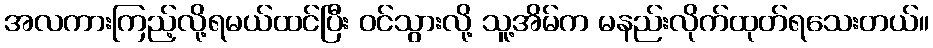
အလကားကြည့်လို့ရမယ်ထင်ပြီး ဝင်သွားလို့ သူ့အိမ်က မနည်းလိုက်ထုတ်ရသေးတယ်။